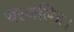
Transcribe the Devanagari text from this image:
चरणसिंह।